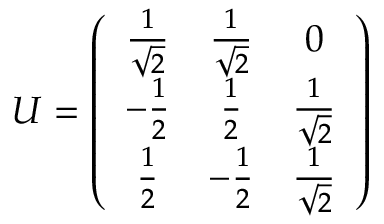
U = \left( \begin{array} { c c c } { { \frac { 1 } { \sqrt { 2 } } } } & { { \frac { 1 } { \sqrt { 2 } } } } & { { 0 } } \\ { { - \frac { 1 } { 2 } } } & { { \frac { 1 } { 2 } } } & { { \frac { 1 } { \sqrt { 2 } } } } \\ { { \frac { 1 } { 2 } } } & { { - \frac { 1 } { 2 } } } & { { \frac { 1 } { \sqrt { 2 } } } } \end{array} \right)